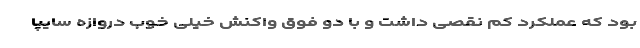
بود که عملکرد کم نقصی داشت و با دو فوق واکنش خیلی خوب دروازه سایپا